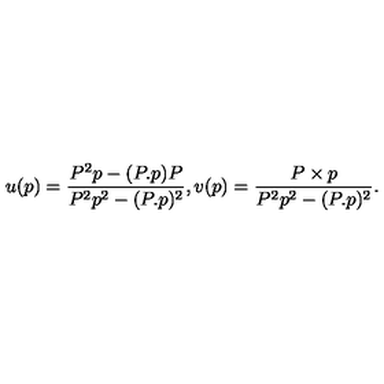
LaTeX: u ( p ) = \frac { P ^ { 2 } p - ( P . p ) P } { P ^ { 2 } p ^ { 2 } - ( P . p ) ^ { 2 } } , v ( p ) = \frac { P \times p } { P ^ { 2 } p ^ { 2 } - ( P . p ) ^ { 2 } } .